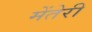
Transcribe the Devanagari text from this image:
मेंतेरी